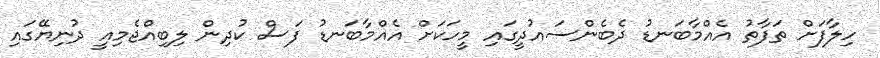
ހިލާފަށް ތަފާތު އެއްމާބަނޑު ދެބެންސައުދީގައި މީހަކަށް އެއްމާބަނޑު ފަސް ކުދިން ލިބިއްޖެމިއީ ދުނިޔޭގައި